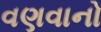
વણવાનો